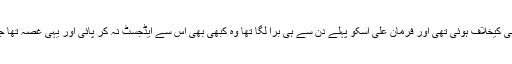
زاہدہ کی شادی اپنی مرضی کیخلاف ہوئی تھی اور فرمان علی اسکو پہلے دن سے ہی برا لگا تھا وہ کبھی بھی اس سے ایڈجسٹ نہ کر پائی اور یہی غصہ تھا جو وہ شوہر پہ نکالتی تھی۔